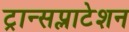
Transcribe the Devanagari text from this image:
ट्रान्सप्लाटेशन